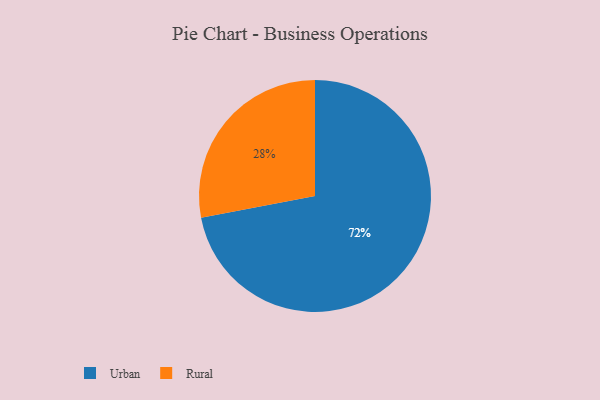
{"axis": {"x": "Category", "y": "Percentage"}, "legend": ["Rural", "Urban"], "data": [{"x": "Rural", "y": 28, "type": "Rural"}, {"x": "Urban", "y": 72, "type": "Urban"}]}